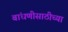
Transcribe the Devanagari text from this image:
बांधणीसाठीच्या